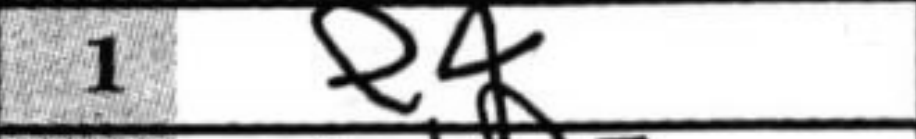
Transcription: e4